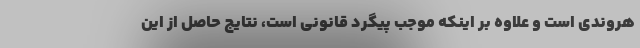
هروندی است و علاوه بر اینکه موجب پیگرد قانونی است، نتایج حاصل از این